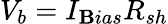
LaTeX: V_{b}=I_{\mathbf{B}ias}R_{sh}